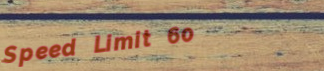
Speed Limit 60